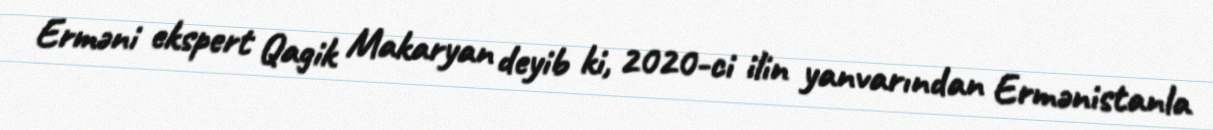
Erməni ekspert Qagik Makaryan deyib ki, 2020-ci ilin yanvarından Ermənistanla